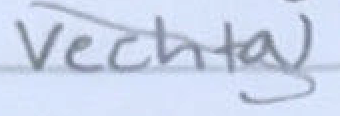
Text: Vechta)
Cross-out: diagonal
Writing tool: pencil